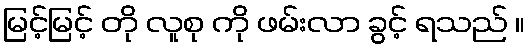
မြင့်မြင့် တို လူစု ကို ဖမ်းလာ ခွင့် ရသည် ။